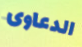
الدعاوى